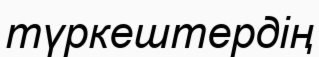
түркештердің